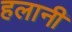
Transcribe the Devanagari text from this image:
हलानी